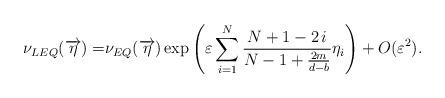
LaTeX: \begin{align*} \nu_{LEQ}(\overrightarrow{\eta})=& \nu_{EQ}(\overrightarrow{\eta})\exp \left( \varepsilon \sum_{i=1}^N \frac{N+1-2 \,i}{N-1+ \frac{2m}{d-b}} \eta_i \right) + O(\varepsilon^2).\end{align*}